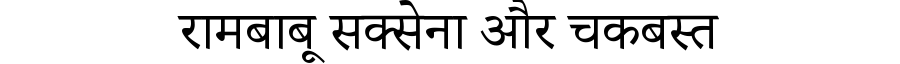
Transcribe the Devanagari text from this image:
रामबाबू सक्सेना और चकबस्त